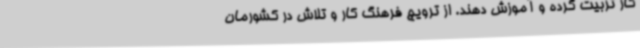
کار تربیت کرده و آموزش دهند. از ترویج فرهنگ کار و تلاش در کشورمان